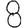
Digit: 8